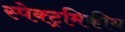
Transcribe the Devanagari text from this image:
स्पेक्ट्रमिकीय